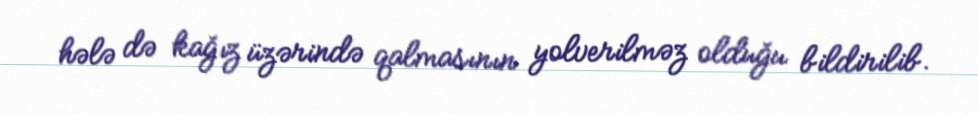
hələ də kağız üzərində qalmasının yolverilməz olduğu bildirilib.